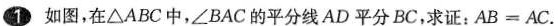
①如图，在△ABC中，∠BAC的平分线AD平分BC，求证：AB=AC.